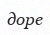
доре